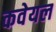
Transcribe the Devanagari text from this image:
कवेयल